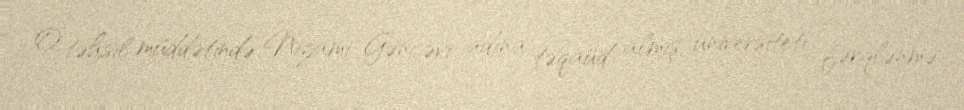
O, təhsil müddətində Nizami Gəncəvi adına təqaüd almış, universiteti fərqlənmə